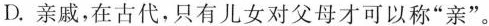
D.亲戚，在古代，只有儿女对父母才可以称”亲”。